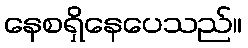
နေစရှိနေပေသည်။